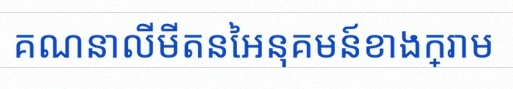
គណនាលីមីតនៃអនុគមន៍ខាងក្រោម